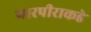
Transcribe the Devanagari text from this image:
गारपीराकडे